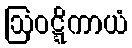
ဩဝဋ္ဋိကာယံ